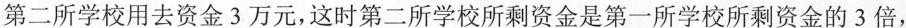
第二所学校用去资金3万元，这时第二所学校所剩资金是第一所学校所剩资金的3倍，